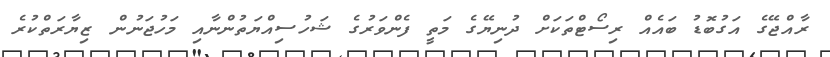
ރާއްޖޭގެ އަގުބޮޑު ބައެއް ރިސޯޓްތަކަށް ދުނިޔޭގެ މަތީ ފެންވަރުގެ ޝަހުސިއްޔަތުންނާއި މަހުޖަނުން ޒިޔާރަތްކުރެ